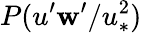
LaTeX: P(u^{\prime}\mathbf{w}^{\prime}/u_{*}^{2})